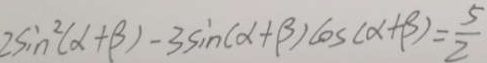
2 \sin ^ { 2 } ( x + \beta ) - 3 \sin ( \alpha + \beta ) \cos ( \alpha + \beta ) = \frac { 5 } { 2 }